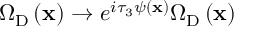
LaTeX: \Omega _ { \mathrm { D } } \left( { \bf x } \right) \rightarrow e ^ { i \tau _ { 3 } \psi \left( { \bf x } \right) } \Omega _ { \mathrm { D } } \left( { \bf x } \right)